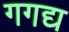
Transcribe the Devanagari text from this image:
गगद्य